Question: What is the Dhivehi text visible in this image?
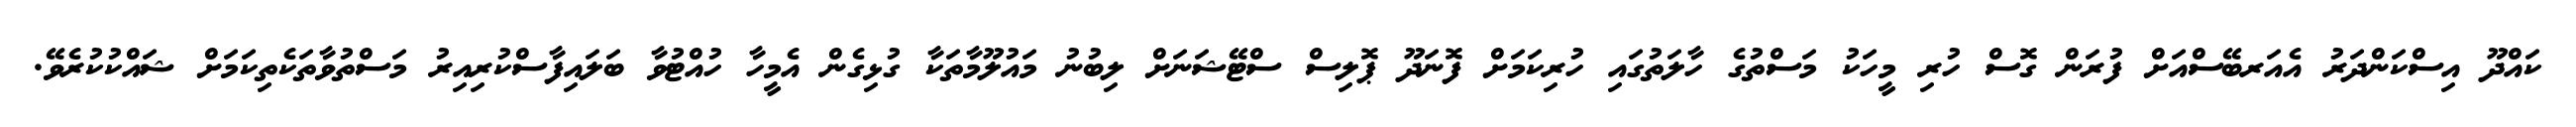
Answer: ކައްދޫ އިސްކަންދަރު އެއަރބޭސްއަށް ފުރަން ގޮސް ހުރި މީހަކު މަސްތުގެ ހާލަތުގައި ހުރިކަމަށް ފޮނަދޫ ޕޮލިސް ސްޓޭޝަނަށް ލިބުނު މައުލޫމާތަކާ ގުޅިގެން އެމީހާ ހުއްޓުވާ ބަލައިފާސްކުރިއިރު މަސްތުވާތަކެތިކަމަށް ޝައްކުކުރެވޭ.